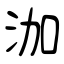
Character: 泇